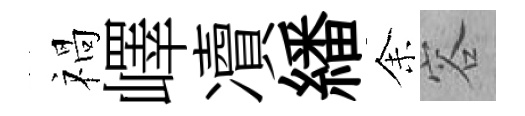
禍嶧凟繙𪜬容